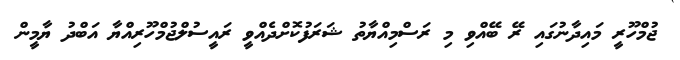
ޖުމްހޫރީ މައިދާނުގައި ރޭ ބޭއްވި މި ރަސްމިއްޔާތު ޝަރަފުކޮށްދެއްވީ ރައީސުލްޖުމްހޫރިއްޔާ އަބްދު ޔާމީން